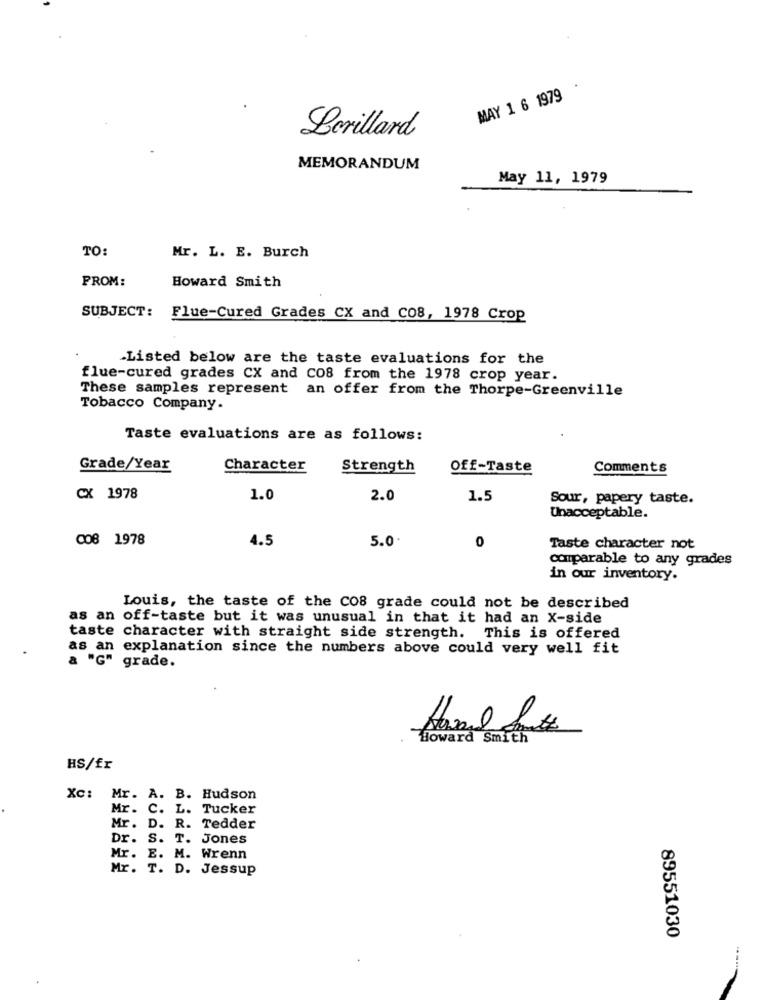
MAY 1 6 1979
Lorillard
MEMORANDUM
May 11, 1979
TO:
Mr. L. E. Burch
PROM:
Howard Smith
SUBJECT: Flue-Cured Grades CX and CO8, 1978 Crop
-Listed below are the taste evaluations for the
flue-cured grades CX and CO8 from the 1978 crop year.
These samples represent an offer from the Thorpe-Greenville
Tobacco Company.
Taste evaluations are as follows:
Grade/Year
Character
Strength
Off-Taste
Comments
CX 1978
1.0
2.0
1.5
Sour, papery taste.
Unacceptable.
008 1978
4.5
5.0
0
Taste character not
comparable to any grades
in our inventory.
Louis, the taste of the Co8 grade could not be described
as an off-taste but it was unusual in that it had an X-side
taste character with straight side strength. This is offered
as an explanation since the numbers above could very well fit
a "G" grade.
Howard Smith
HS/fr
Xc: Mr. A. B. Hudson
Mr. C. L. Tucker
Mr. D. R. Tedder
Dr. S. T. Jones
Mr. E. M. Wrenn
Mr. T. D. Jessup
89551030